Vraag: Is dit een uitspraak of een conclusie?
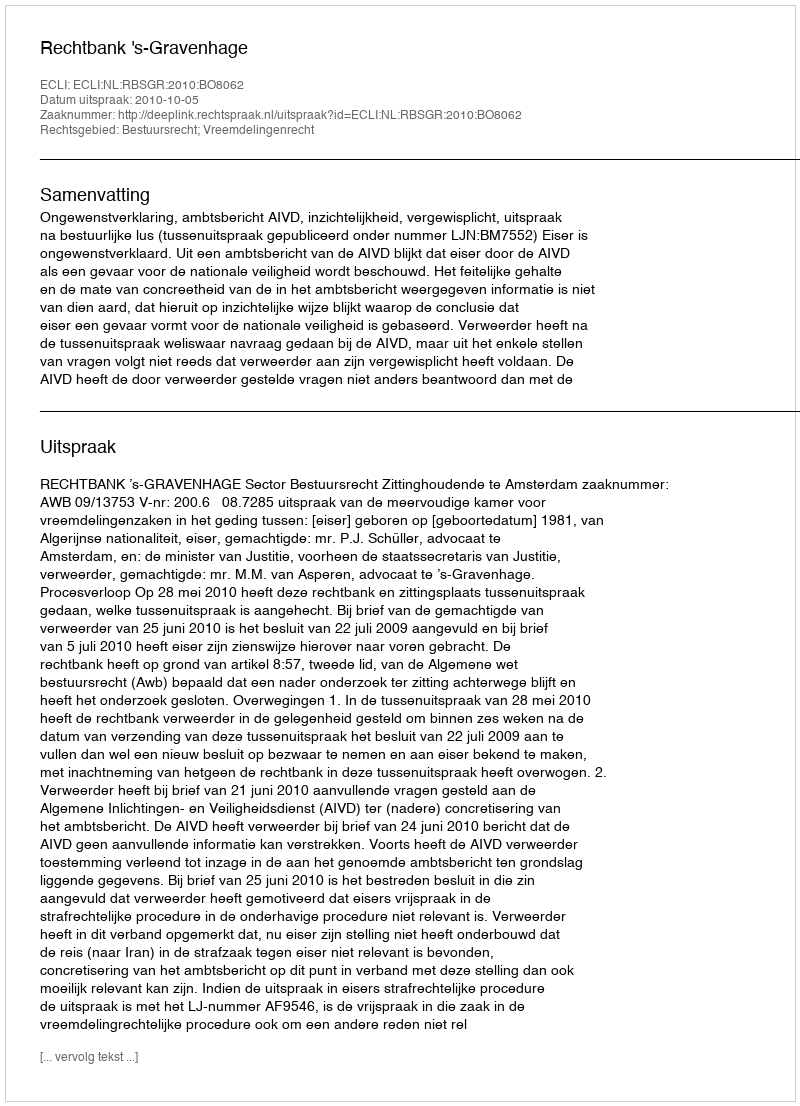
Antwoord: Uitspraak